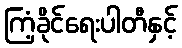
ကြံ့ခိုင်ရေးပါတီနှင့်